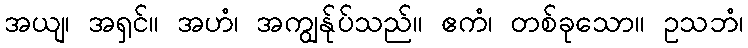
အယျ၊ အရှင်။ အဟံ၊ အကျွန်ုပ်သည်။ ဧကံ၊ တစ်ခုသော။ ဥသဘံ၊